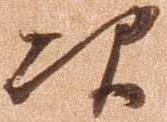
次